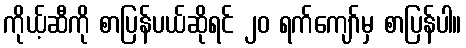
ကိုယ့်ဆီကို စာပြန်ပယ်ဆိုရင် ၂၀ ရက်ကျော်မှ စာပြန်ပါ။